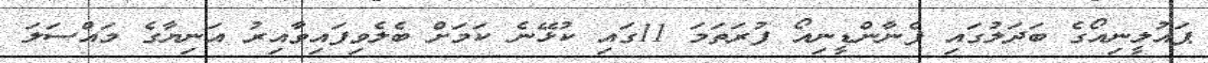
ޕައުލީނިއޯގެ ބަދަލުގައި ފެނާންޑީނިއޯ ފުރަތަމަ 11ގައި ކުޅޭނެ ކަމަށް ބެލެވިފައިވާއިރު އަނިޔާގެ މައްސަލަ